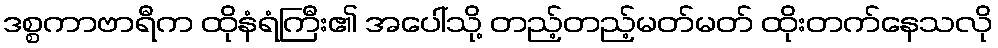
ဒစ္စကာဗာရီက ထိုနံရံကြီး၏ အပေါ်သို့ တည့်တည့်မတ်မတ် ထိုးတက်နေသလို